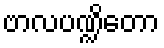
ဗာလပဏ္ဍိတော